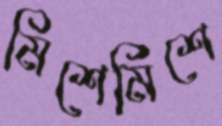
মিশেমিশে